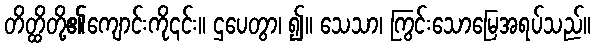
တိတ္ထိတို့၏ကျောင်းကို၎င်း။ ဌပေတွာ၊ ၍။ သေသာ၊ ကြွင်းသောမြေအရပ်သည်။